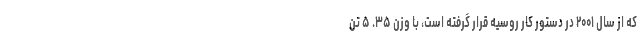
که از سال ۲۰۰۱ در دستور کار روسیه قرار گرفته است، با وزن ۳۵. ۵ تن